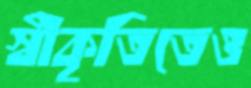
স্বীকৃতিতেও